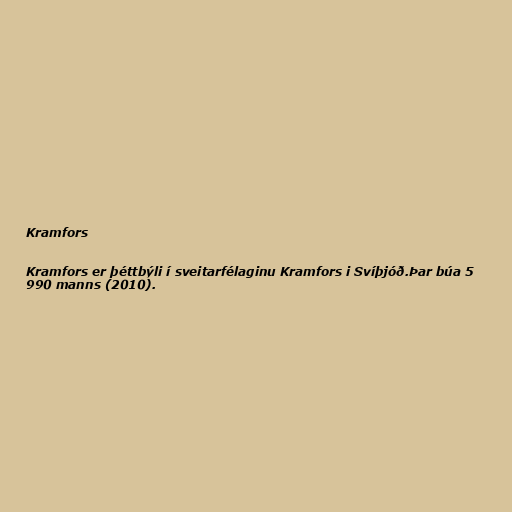
Kramfors

Kramfors er þéttbýli í sveitarfélaginu Kramfors i Svíþjóð.Þar búa 5
990 manns (2010).